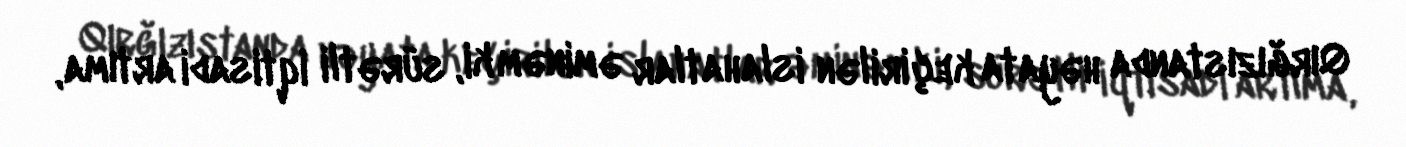
Qırğızıstanda həyata keçirilən islahatlar əminəm ki, sürətli iqtisadi artıma,